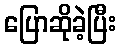
ပြောဆိုခဲ့ပြီး